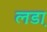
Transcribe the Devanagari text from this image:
लडा़